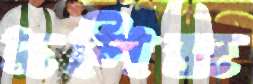
দলিজ